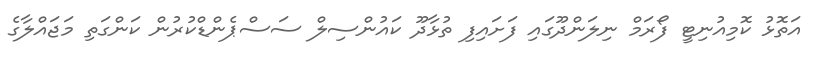
އަތޮޅު ކޮމިއުނިޓީ ފޯރަމް ނިލަންދޫގައި ފަށައިފި ތުޅާދޫ ކައުންސިލް ސަސްޕެންޑްކުރުން ކަންގަތި މަޖައްލާގެ